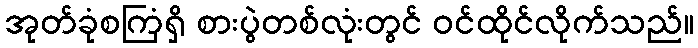
အုတ်ခုံစကြံရှိ စားပွဲတစ်လုံးတွင် ဝင်ထိုင်လိုက်သည်။